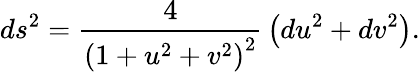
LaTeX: ds^{2}={\frac{4}{\left(1+u^{2}+v^{2}\right)^{2}}}\left(du^{2}+dv^{2}\right).